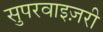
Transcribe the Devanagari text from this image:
सुपरवाइज़री